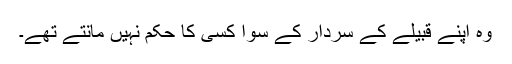
وہ اپنے قبیلے کے سردار کے سوا کسی کا حکم نہیں مانتے تھے۔